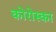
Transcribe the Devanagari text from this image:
कोरोस्का